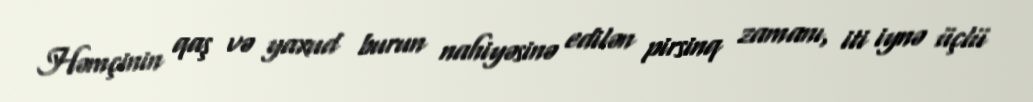
Həmçinin qaş və yaxud burun nahiyəsinə edilən pirsinq zamanı, iti iynə üçlü